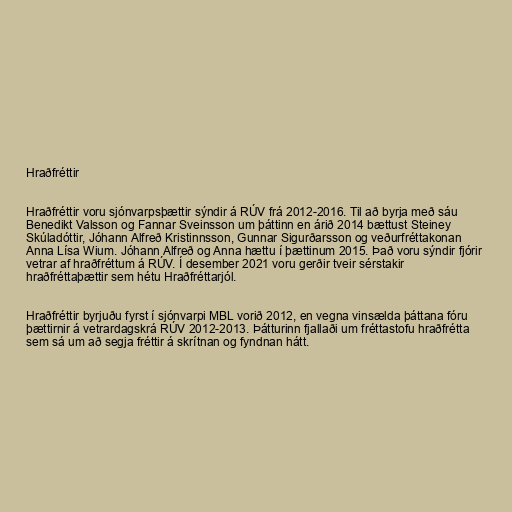
Hraðfréttir

Hraðfréttir voru sjónvarpsþættir sýndir á RÚV frá 2012-2016. Til að byrja með sáu
Benedikt Valsson og Fannar Sveinsson um þáttinn en árið 2014 bættust Steiney
Skúladóttir, Jóhann Alfreð Kristinnsson, Gunnar Sigurðarsson og veðurfréttakonan
Anna Lísa Wium. Jóhann Alfreð og Anna hættu í þættinum 2015. Það voru sýndir fjórir
vetrar af hraðfréttum á RÚV. Í desember 2021 voru gerðir tveir sérstakir
hraðfréttaþættir sem hétu Hraðfréttarjól.

Hraðfréttir byrjuðu fyrst í sjónvarpi MBL vorið 2012, en vegna vinsælda þáttana fóru
þættirnir á vetrardagskrá RÚV 2012-2013. Þátturinn fjallaði um fréttastofu hraðfrétta
sem sá um að segja fréttir á skrítnan og fyndnan hátt.